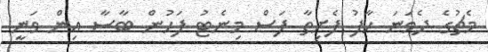
މެޗުގެ ދެވަނަ ހާފު ފެށިތާ ފަސް މިނެޓު ފަހުން ބާސާ އިން ވަނީ